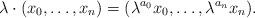
LaTeX: \begin{align*} \lambda\cdot(x_0,\ldots,x_n) = (\lambda^{a_0}x_0,\ldots,\lambda^{a_n}x_n). \end{align*}